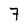
Character: 7